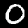
Digit: 0